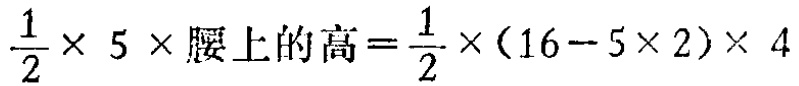
$\frac{1}{2} \times 5 \times 腰上的高=\frac{1}{2} \times (16 - 5 \times 2) \times 4$